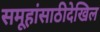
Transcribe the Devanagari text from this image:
समूहांसाठीदेखिल